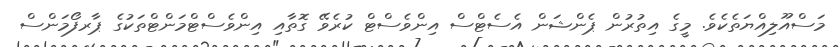
މަސްއޫލިއްޔަތެކެވެ. މީގެ އިތުރުން ޕެންޝަން އެސެޓްސް އިންވެސްޓް ކުރެވޭ ގޮތާއި އިންވެސްޓްމަންޓްތަކުގެ ޕާރފޯމަންސް